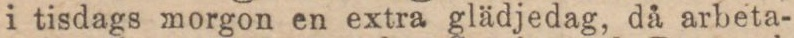
i tisdags morgon en extra glädjedag, då arbeta-